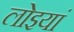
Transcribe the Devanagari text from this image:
लोइयां